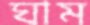
ঘাম